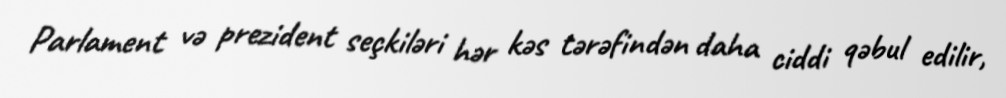
Parlament və prezident seçkiləri hər kəs tərəfindən daha ciddi qəbul edilir,